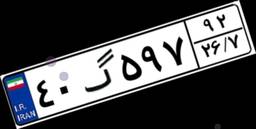
۴۰گ۵۹۷۹۲